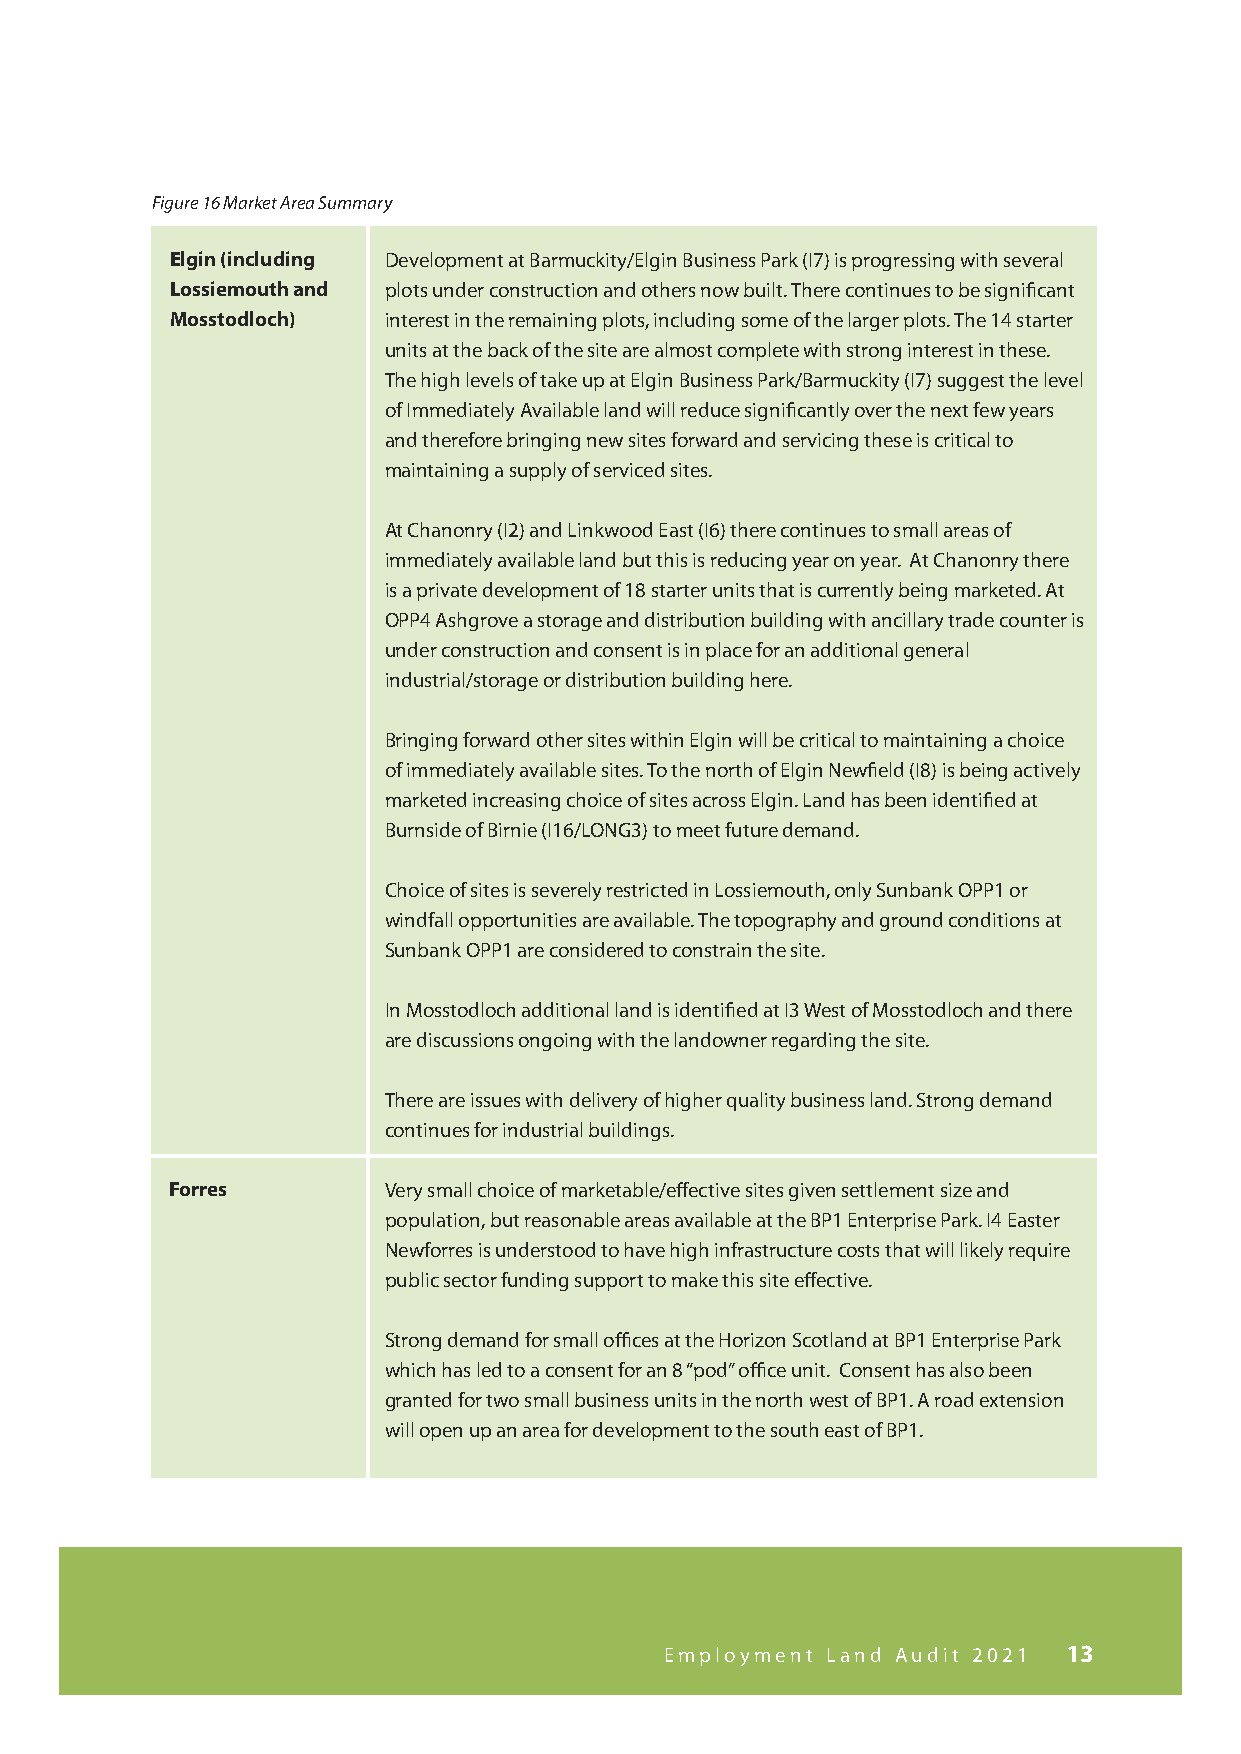
Figure 16 Market Area Summary
 Elgin (including Development at Barmuckity/Elgin Business Park (I7) is progressing with several
 Lossiemouth and plots under construction and others now built. There continues to be significant
 Mosstodloch)  interest in the remaining plots, including some of the larger plots. The 14 starter
 units at the back of the site are almost complete with strong interest in these.
 The high levels of take up at Elgin Business Park/Barmuckity (I7) suggest the level
 of Immediately Available land will reduce significantly over the next few years
 and therefore bringing new sites forward and servicing these is critical to
 maintaining a supply of serviced sites.
 At Chanonry (I2) and Linkwood East (I6) there continues to small areas of
 immediately available land but this is reducing year on year. At Chanonry there
 is a private development of 18 starter units that is currently being marketed. At
 OPP4 Ashgrove a storage and distribution building with ancillary trade counter is
 under construction and consent is in place for an additional general
 industrial/storage or distribution building here.
 Bringing forward other sites within Elgin will be critical to maintaining a choice
 of immediately available sites. To the north of Elgin Newfield (I8) is being actively
 marketed increasing choice of sites across Elgin. Land has been identified at
 Burnside of Birnie (I16/LONG3) to meet future demand.
 Choice of sites is severely restricted in Lossiemouth, only Sunbank OPP1 or
 windfall opportunities are available. The topography and ground conditions at
 Sunbank OPP1 are considered to constrain the site.
 In Mosstodloch additional land is identified at I3 West of Mosstodloch and there
 are discussions ongoing with the landowner regarding the site.
 There are issues with delivery of higher quality business land. Strong demand
 continues for industrial buildings.
 Forres        Very small choice of marketable/effective sites given settlement size and
 population, but reasonable areas available at the BP1 Enterprise Park. I4 Easter
 Newforres is understood to have high infrastructure costs that will likely require
 public sector funding support to make this site effective.
 Strong demand for small offices at the Horizon Scotland at BP1 Enterprise Park
 which has led to a consent for an 8 “pod” office unit. Consent has also been
 granted for two small business units in the north west of BP1. A road extension
 will open up an area for development to the south east of BP1.
 Employment Land Audit 2021 13